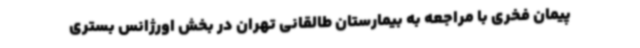
پیمان فخری با مراجعه به بیمارستان طالقانی تهران در بخش اورژانس بستری